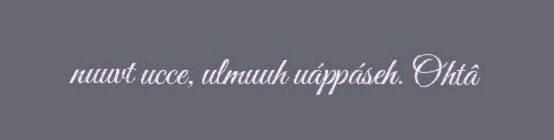
nuuvt ucce, ulmuuh uáppáseh. Ohtâ